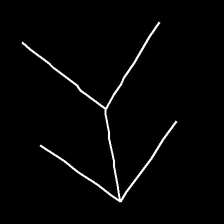
Glyph: gather